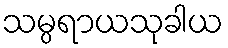
သမ္ပရာယသုခါယ